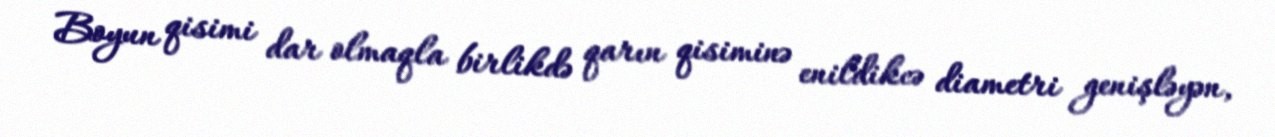
Boyun qisimi dar olmaqla birlikdə qarın qisiminə enildikcə diametri genişləyən,